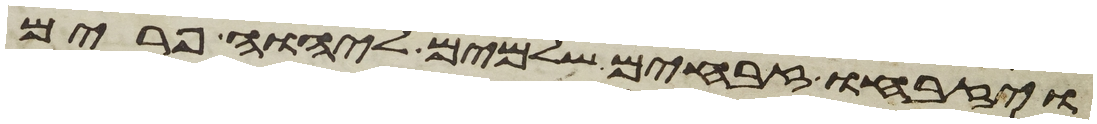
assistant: ויזבחו זבחים שלמים ליהוה פרים